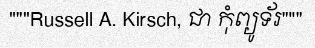
"""Russell A. Kirsch, ជា កុំព្យូទ័រ"""